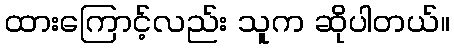
ထားကြောင့်လည်း သူက ဆိုပါတယ်။